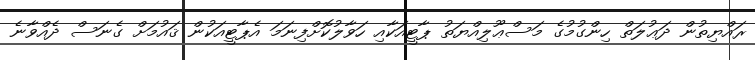
ރައްޔިތުން ދަޢުލަތް ހިންގުމުގެ މަސްޢޫލިއްޔަތު ޕާޓީއަކާއި ހަވާލުކޮށްފިނަމަ އެޕާޓީއަކުން ޤައުމަށް ގެނަސް ދެއްވާނެ